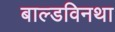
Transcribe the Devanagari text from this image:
बाल्डविनथा